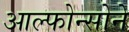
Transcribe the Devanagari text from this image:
आल्फोन्सोने